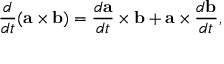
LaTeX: { \frac { d } { d t } } ( \mathbf { a } \times \mathbf { b } ) = { \frac { d \mathbf { a } } { d t } } \times \mathbf { b } + \mathbf { a } \times { \frac { d \mathbf { b } } { d t } } ,